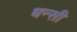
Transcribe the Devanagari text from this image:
धन्सी